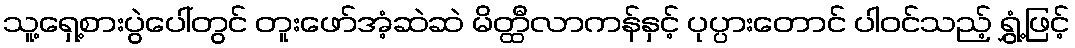
သူ့ရှေ့စားပွဲပေါ်တွင် တူးဖော်အံ့ဆဲဆဲ မိတ္ထီလာကန်နှင့် ပုပ္ပားတောင် ပါဝင်သည့် ရွှံ့ဖြင့်